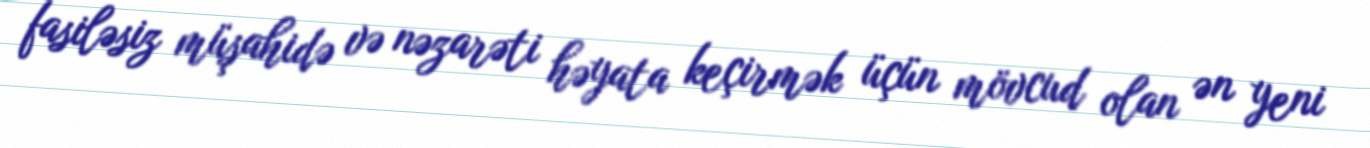
fasiləsiz müşahidə və nəzarəti həyata keçirmək üçün mövcud olan ən yeni